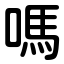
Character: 嗎